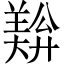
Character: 𬙺